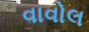
વાવોલ